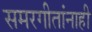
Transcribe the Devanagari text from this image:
समरगीतांनाही